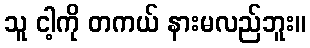
သူ ငါ့ကို တကယ် နားမလည်ဘူး။